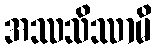
အဿသိဿာမိ